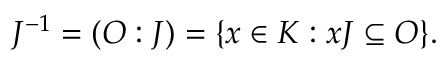
J ^ { - 1 } = ( O : J ) = \{ x \in K : x J \subseteq O \} .